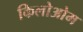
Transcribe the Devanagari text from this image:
किलोओम